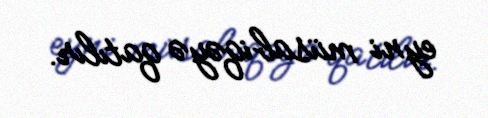
eyni müsabiqəyə qatılır.